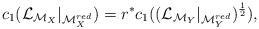
LaTeX: \begin{align*}c_{1}(\mathcal{L}_{\mathcal{M}_{X}}|_{\mathcal{M}^{red}_{X}})=r^{*}c_{1}((\mathcal{L}_{\mathcal{M}_{Y}}|_{\mathcal{M}^{red}_{Y}})^{\frac{1}{2}}), \end{align*}